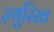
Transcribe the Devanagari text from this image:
ज़्युरिख